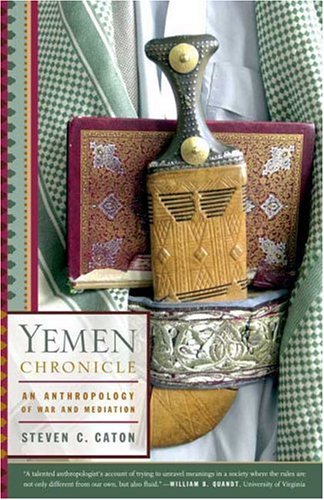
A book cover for Yemen Chronicle: An Anthropology of War and Mediation; Steven C. Caton; History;